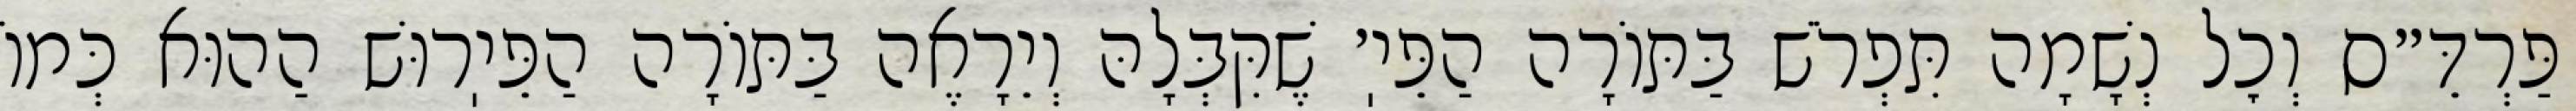
פַּרְדֵּ״ס וְכׇל נְשָׁמָה תִּפְרֹשׁ בַּתּוֹרָה הַפֵּיֽ׳ שֶׁקִּבְּלָהּ וְיֵרָאֶה בַּתּוֹרָה הַפֵּיֽרוּשׁ הַהוּא כְּמוֹ